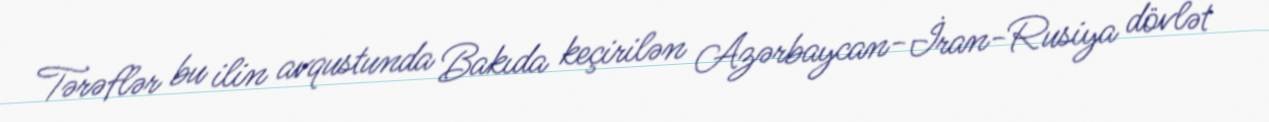
Tərəflər bu ilin avqustunda Bakıda keçirilən Azərbaycan-İran-Rusiya dövlət